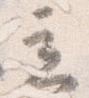
立